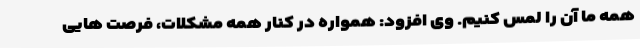
همه ما آن را لمس کنیم. وی افزود: همواره در کنار همه مشکلات، فرصت هایی